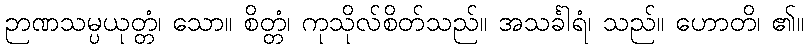
ဉာဏသမ္ပယုတ္တံ၊ သော။ စိတ္တံ၊ ကုသိုလ်စိတ်သည်။ အသင်္ခါရံ၊ သည်။ ဟောတိ၊ ၏။